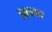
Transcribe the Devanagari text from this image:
५८५४१७